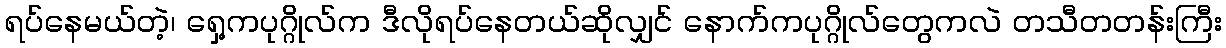
ရပ်နေမယ်တဲ့၊ ရှေ့ကပုဂ္ဂိုလ်က ဒီလိုရပ်နေတယ်ဆိုလျှင် နောက်ကပုဂ္ဂိုလ်တွေကလဲ တသီတတန်းကြီး